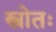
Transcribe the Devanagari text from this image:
स्त्रोतः